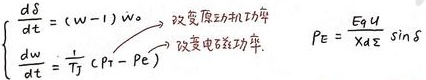
\[
\begin{cases}
\frac{d\delta}{dt}=(w - 1)w_0 & \text{改变原动机功率}\\
\frac{dw}{dt}=\frac{1}{T_J}(P_T - P_e) & \text{改变电磁功率}\\
P_e=\frac{E_qU}{X_d\Sigma}\sin\delta
\end{cases}
\]